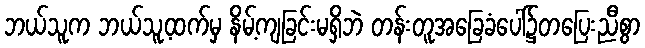
ဘယ်သူက ဘယ်သူ့ထက်မှ နိမ့်ကျခြင်းမရှိဘဲ တန်းတူအခြေခံပေါ်၌တပြေးညီစွာ